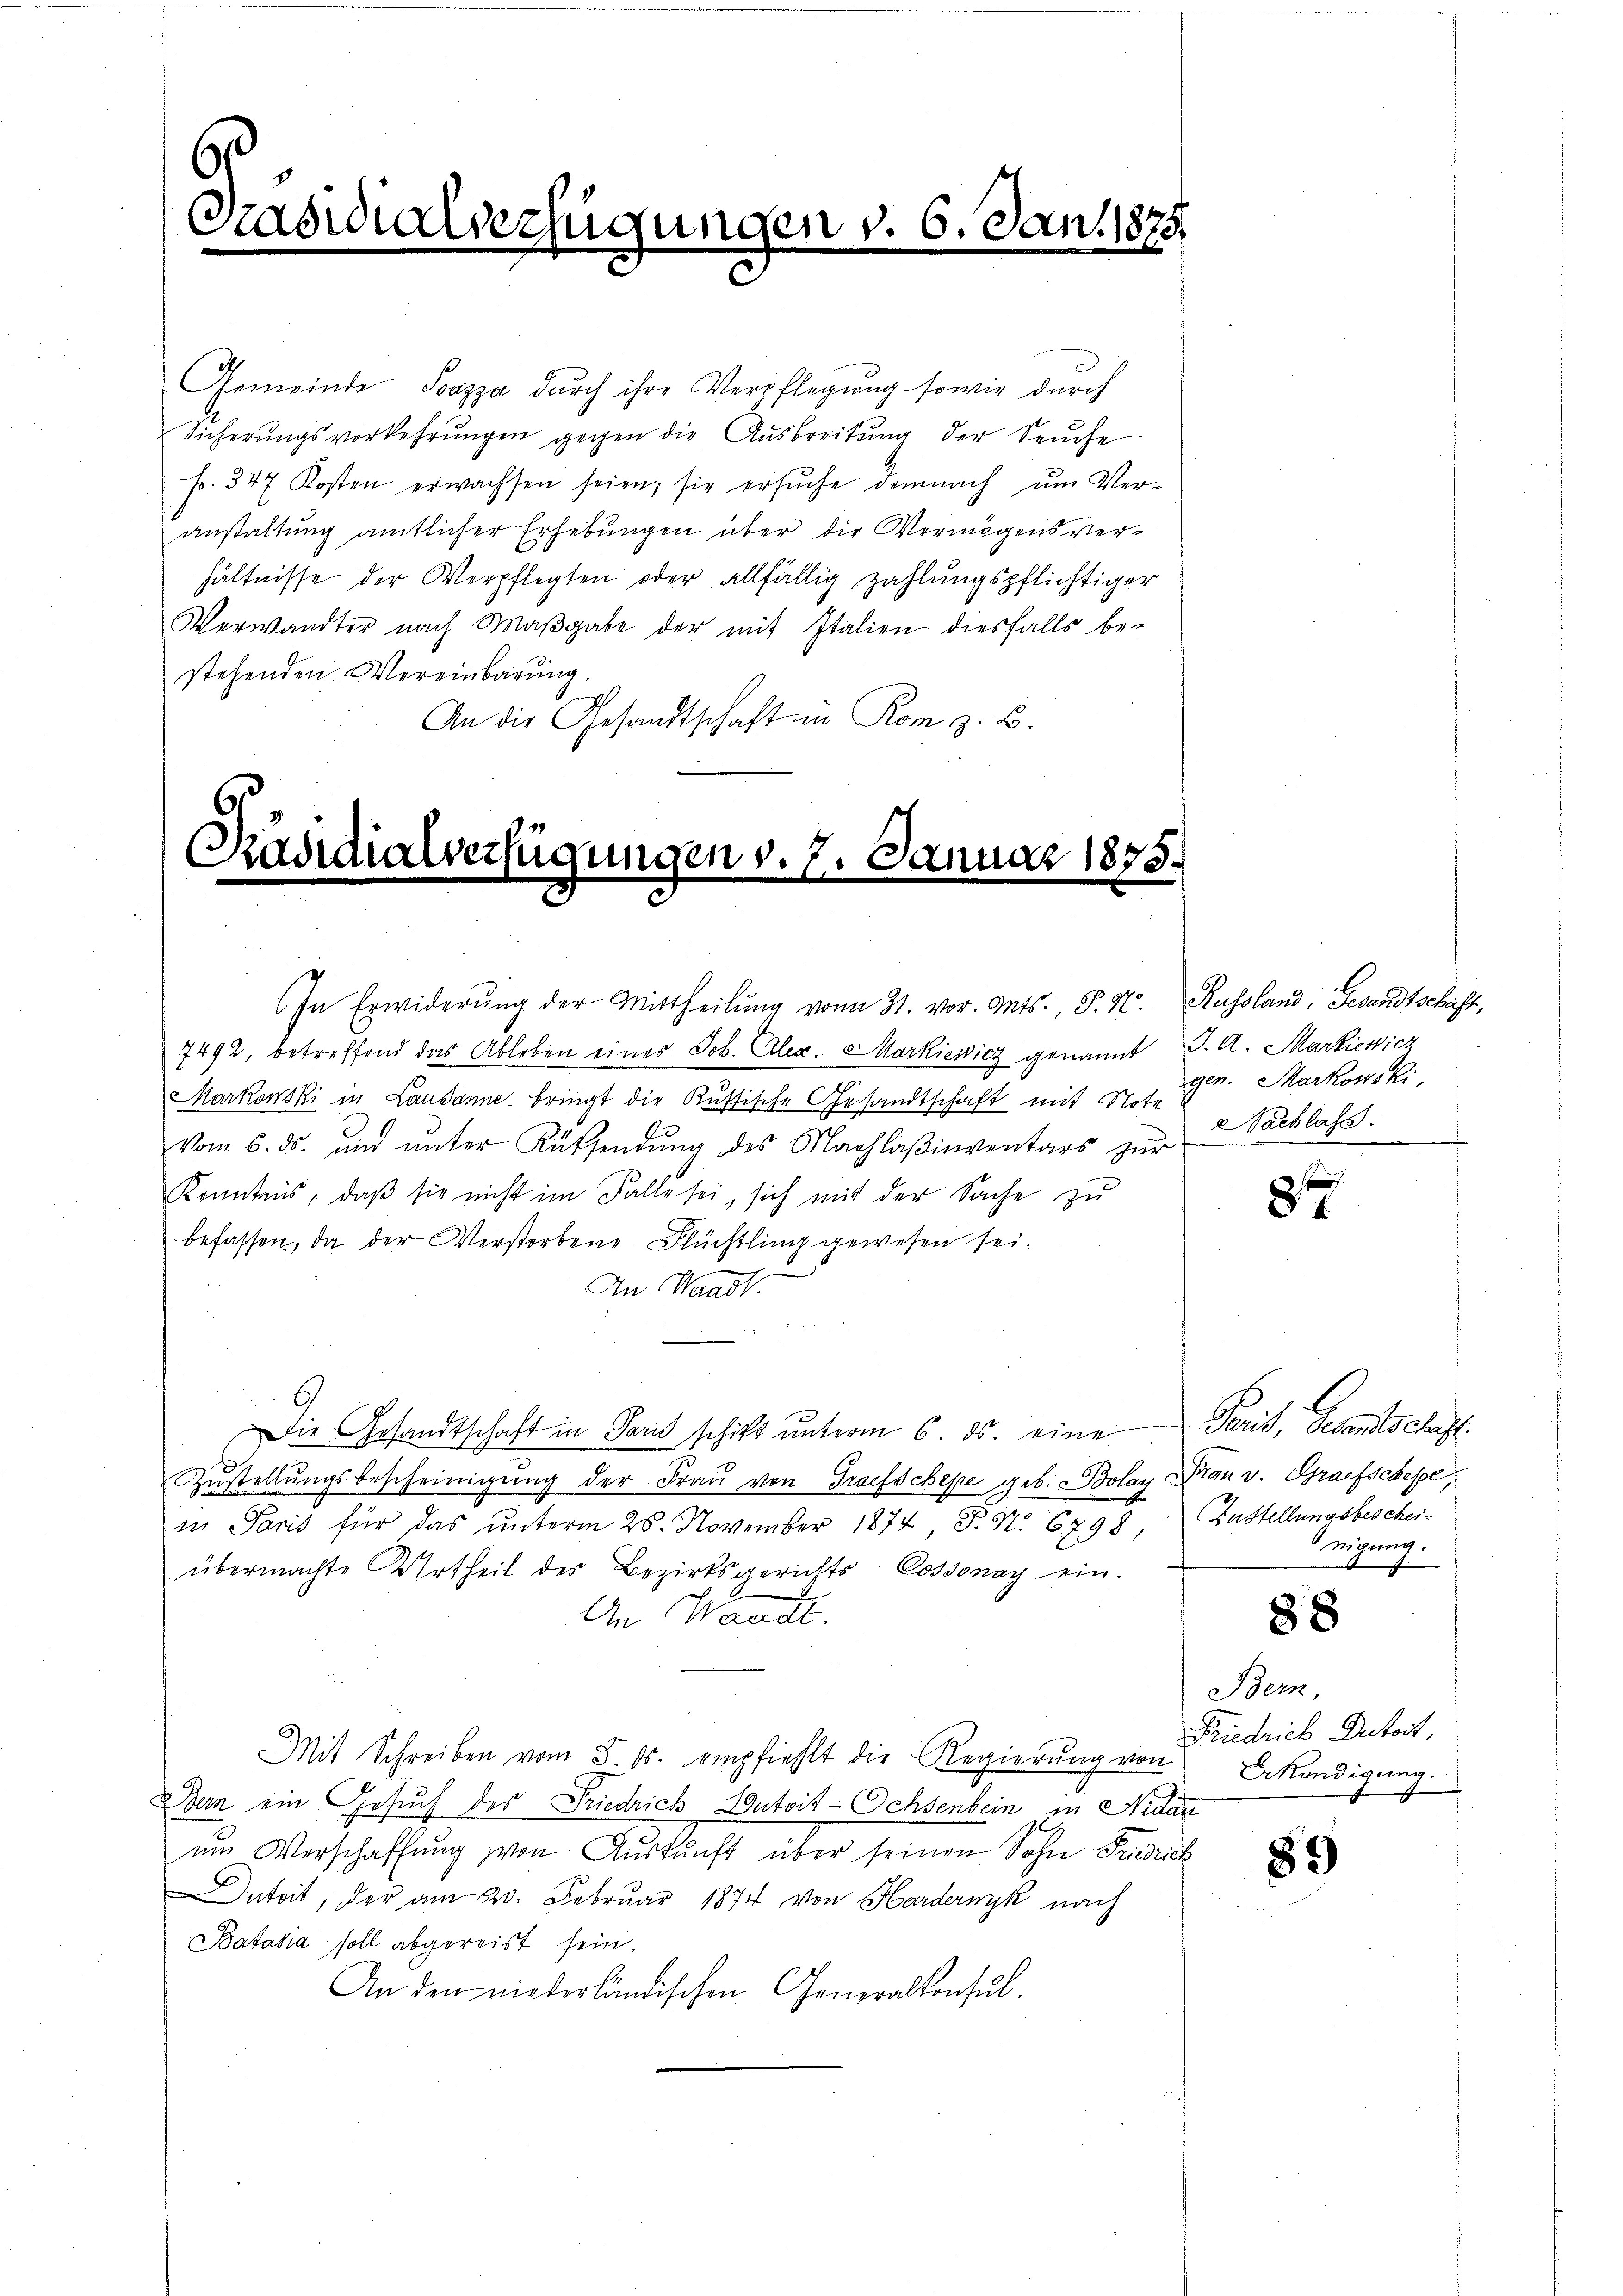
Gemeinde Pazza dŭrch ihre Verpflegŭng sowie durch
Sicherungsvorkehrungen gegen die Ausbreitung der Seuche
f. 347 Kosten erwachsen seien; sie ersŭche demnach ŭm Ver-
anstaltung amtlicher Erhebungen über die Vermögens verhältnisse der Verpflegten oder allfällig zahlungspflichtiger
Verwandter nach Maβgabe der mit Italien diesfalls be-
stehenden Vereinbarung.
An die Gesandtschaft in Rom z. B.

Padwialverfügungen v. 6. Jan. 1875

Präsidialverfügungen v. 7. Januar 1873.

Markonski in Lausanne, bringt die Kustische Gesandtschaft mit Note
vom 6. ds. ŭnd ŭnter Rücksendŭng des Nachlaβinventars zŭr
Konntens, daß sie nicht im Falle sei, sich mit der Sache zu
befassen, da der Verstorbene Flückling gewesen sei.
2
An Waadt.
Zŭstellŭngsbescheinigŭng der Fraŭ von Traefschepe geb. Bolay Frau v. Grafschepe,
in Paris für das unterm 25. November 1874, S. Nr. 67. 99 Zustellungsbescheiübermachte Urtheil des Bezirksgerichts-Cossonay ein.
An Waadt.
Mit Schreiben vom 8. ds. empfiehlt die Regierŭng von Beköndigung.
dern ein Gesuch des Friedrich Dutoit-Ochsenbein in Nidau
im Verschaffŭng von Aŭskŭnft über seinen Sohn Friedrich
ntoit, der am 20. Februar 1874 von Hardernyk nach
Batasia soll abgereist sein.
An den niederländischen Generalkonsul

In Erwiderŭng der Mittheilŭng vom 31. vor. Mts., P. N. Russland, Gesandtschaft,
7492, betreffend das Ableben eines Job. Alex. Markiewicz genannt J. A. Markiewich

Die Gesandtschaft in Paris schikt unterm 6. ds. eine

gen. Markonski
2 Sachlass

8

Paris, Gesandtschaft.
nigung.

88

Bern,
Friedrich Dutort,

89